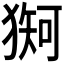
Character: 𪻇